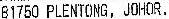
B1750 PLENTONG, JOHOR.